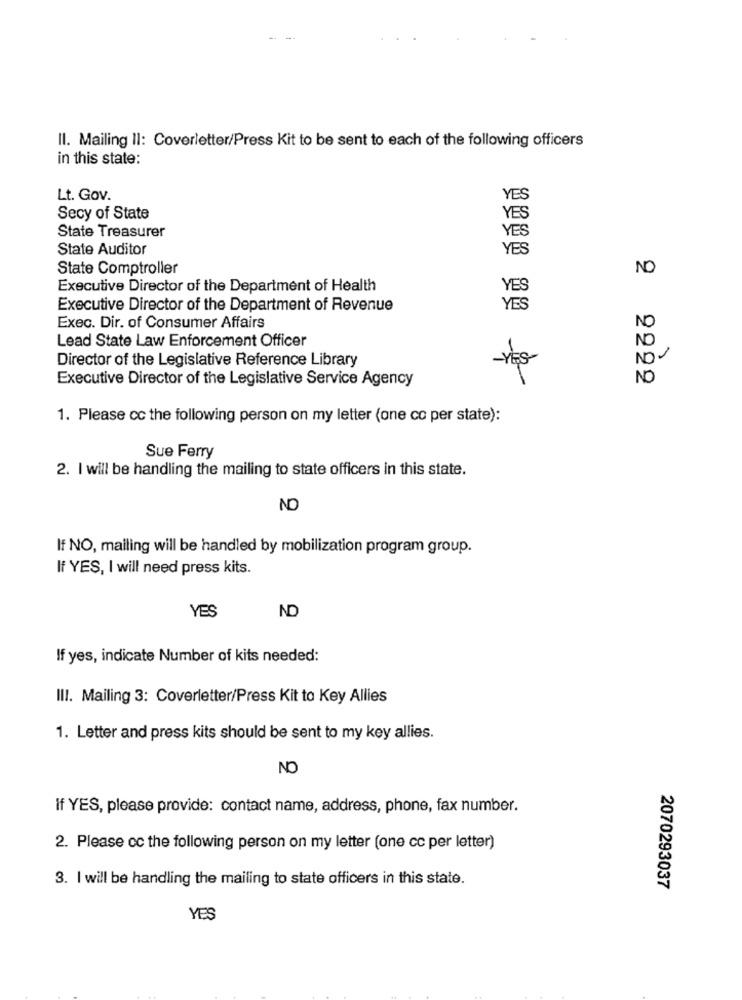
Il. Mailing Il: Coverletter/Press Kit to be sent to each of the following officers
in this state:
Lt. Gov.
YES
Secy of State
YES
State Treasurer
YES
State Auditor
YES
State Comptroller
NO
Executive Director of the Department of Health
YES
2
Executive Director of the Department of Revenue
YES
Exec. Dir. of Consumer Affairs
NO
Lead State Law Enforcement Officer
NO
Director of the Legislative Reference Library
NOV
Executive Director of the Legislative Service Agency
1. Please cc the following person on my letter (one co per state):
Sue Ferry
2. I will be handling the mailing to state officers in this state.
ND
If NO, mailing will be handled by mobilization program group.
If YES, I will need press kits.
YES
ND
If yes, indicate Number of kits needed:
III. Mailing 3: Coverletter/Press Kit to Key Allies
1. Letter and press kits should be sent to my key allies.
NO
if YES, please provide: contact name, address, phone, fax number.
2. Please cc the following person on my letter (one cc per letter)
3. I will be handling the mailing to state officers in this state.
2070293037
YES